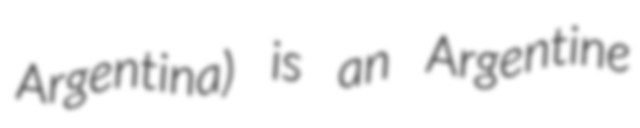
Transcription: Argentina) is an Argentine